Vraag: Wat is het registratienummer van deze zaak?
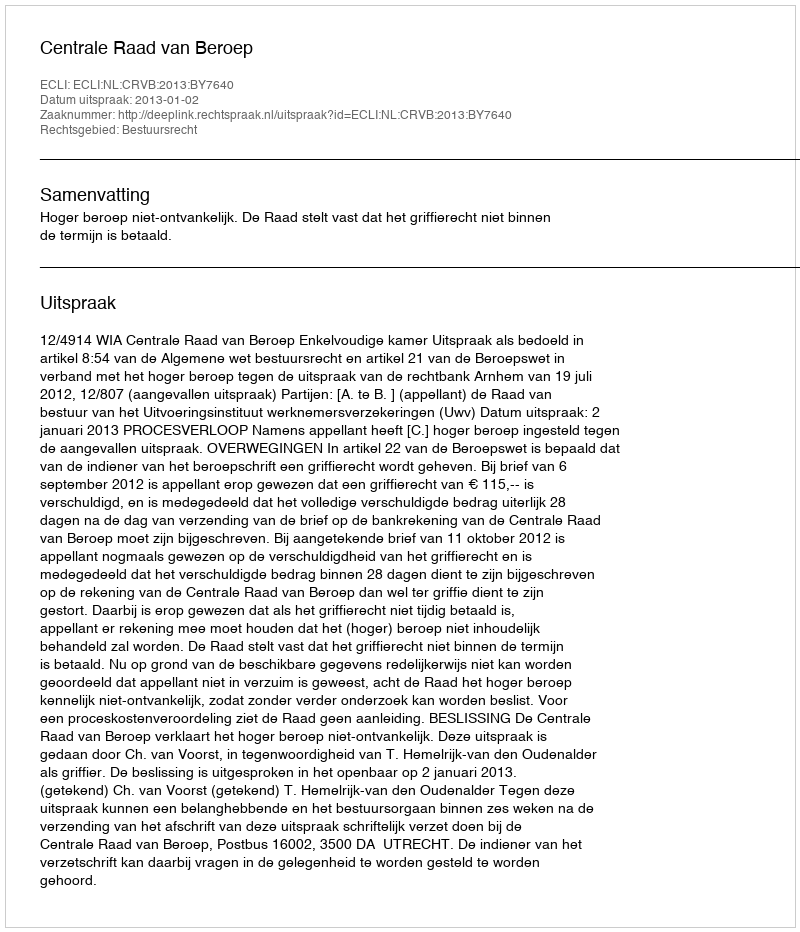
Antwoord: http://deeplink.rechtspraak.nl/uitspraak?id=ECLI:NL:CRVB:2013:BY7640